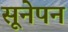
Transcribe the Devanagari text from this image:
सूनेपन